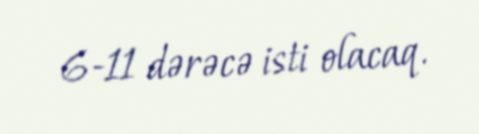
6-11 dərəcə isti olacaq.